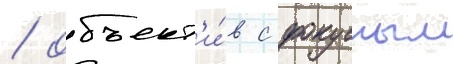
/ объект'и́в с фокусным